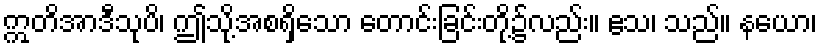
ဣတိအာဒီသုပိ၊ ဤသို့အစရှိသော တောင်းခြင်းတို့၌လည်း။ ဧသ၊ သည်။ နယော၊